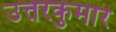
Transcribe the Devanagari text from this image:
उत्तरकुमार